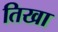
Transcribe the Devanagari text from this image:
तिखा